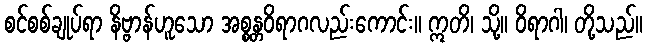
စင်စစ်ချုပ်ရာ နိဗ္ဗာန်ဟူသော အစ္စန္တဝိရာဂလည်းကောင်း။ ဣတိ၊ သို့။ ဝိရာဂါ၊ တို့သည်။